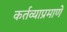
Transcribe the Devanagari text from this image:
कर्तव्याप्रमाणे